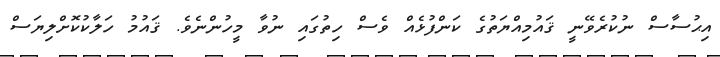
އިޙުސާސް ނުކުރެވޭނީ ޤައުމިއްޔަތުގެ ކަންފުޅެއް ވެސް ހިތުގައި ނުވާ މީހުންނެވެ. ޤައުމު ހަލާކުކޮށްލިޔަސް